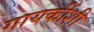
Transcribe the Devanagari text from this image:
गायकींशी